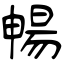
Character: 暢